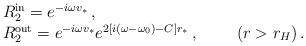
LaTeX: \begin{align*}\begin{array}{ll}&R_2^{\rm in} = e^{-i\omega v_*} \, ,\\&R_2^{\rm out} = e^{-i\omega v_*} e^{2[i(\omega -\omega_0) -C]r_*} \, ,~~~~~~~ (r > r_H) \, . \end{array}\end{align*}